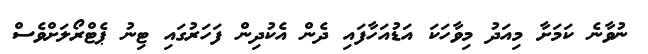
ނުވާނެ ކަމަށާ މިއަދު މިވާހަކަ އަޑުއަހާފައި ދެން އެކުދިން ފަހަރުގައި ޓިނު ޕެޓްރޯލަށްވެސް